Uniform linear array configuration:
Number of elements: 4
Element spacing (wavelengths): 0.75
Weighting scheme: blackman
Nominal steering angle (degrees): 30
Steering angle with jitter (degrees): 30.693
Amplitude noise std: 0.05
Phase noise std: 0.05

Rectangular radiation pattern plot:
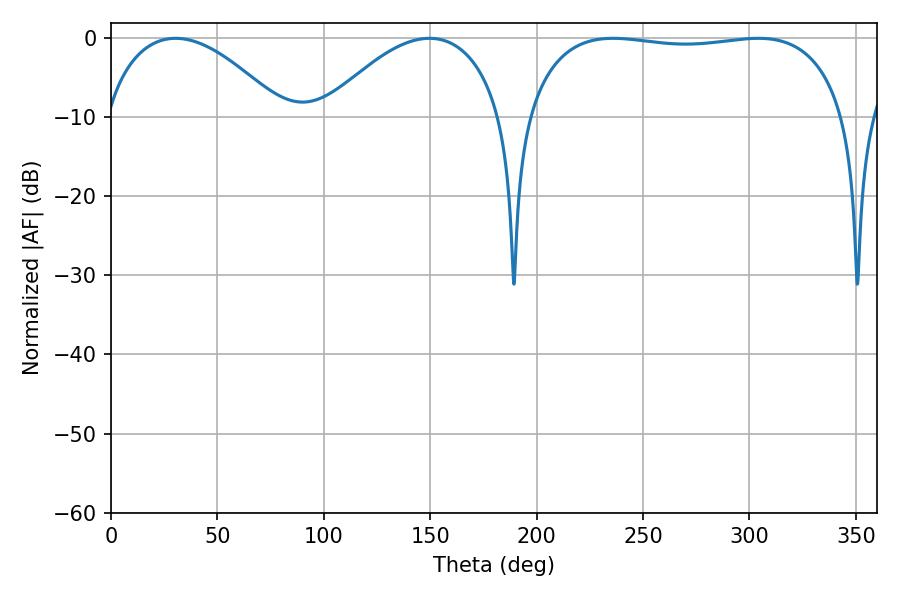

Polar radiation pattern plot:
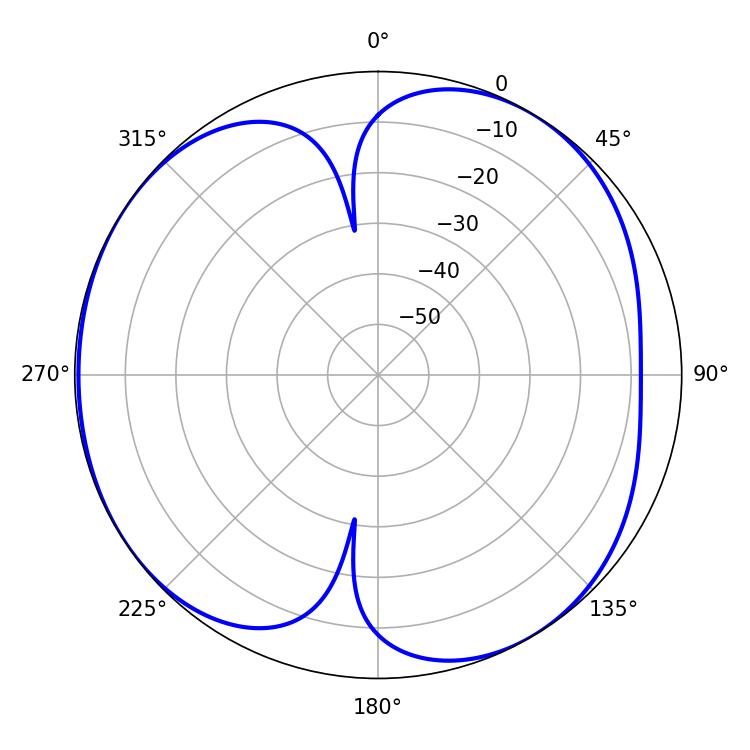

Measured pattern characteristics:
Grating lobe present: TRUE
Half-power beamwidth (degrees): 120.6
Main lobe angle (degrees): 235.98